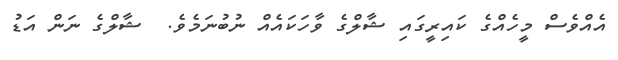
އެއްވެސް މީހެއްގެ ކައިރީގައި ޝާލްގެ ވާހަކައެއް ނުބުނަމެވެ.  ޝާލްގެ ނަން އަޑު